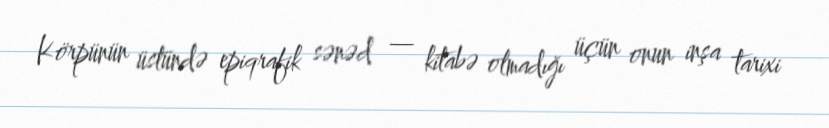
Körpünün üstündə epiqrafik sənəd — kitabə olmadığı üçün onun inşa tarixi